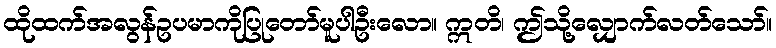
ထိုထက်အလွန်ဥပမာကိုပြုတော်မူပါဦးလော။ ဣတိ၊ ဤသို့လျှောက်လတ်သော်။